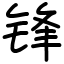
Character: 锋